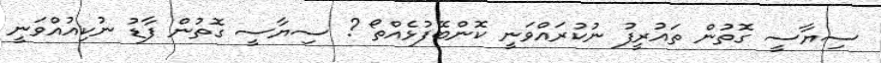
ސިޔާސީ ގޮތުން ތައުރީފު ނުކުރައްވަނީ ކޮންބޭފުޅެއްތޯ ? ސިޔާސީ ގޮތުން ފާޑު ނުކިއުއްވަނީ